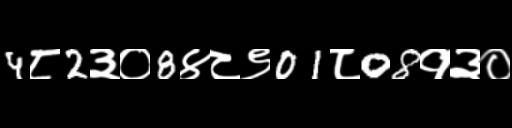
Text: 4८2३०8४८९01८08१३०